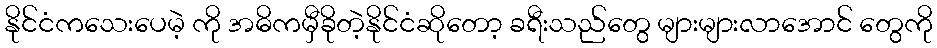
နိုင်ငံကသေးပေမဲ့ ကို အဓိကမှီခိုတဲ့နိုင်ငံဆိုတော့ ခရီးသည်တွေ များများလာအောင် တွေကို